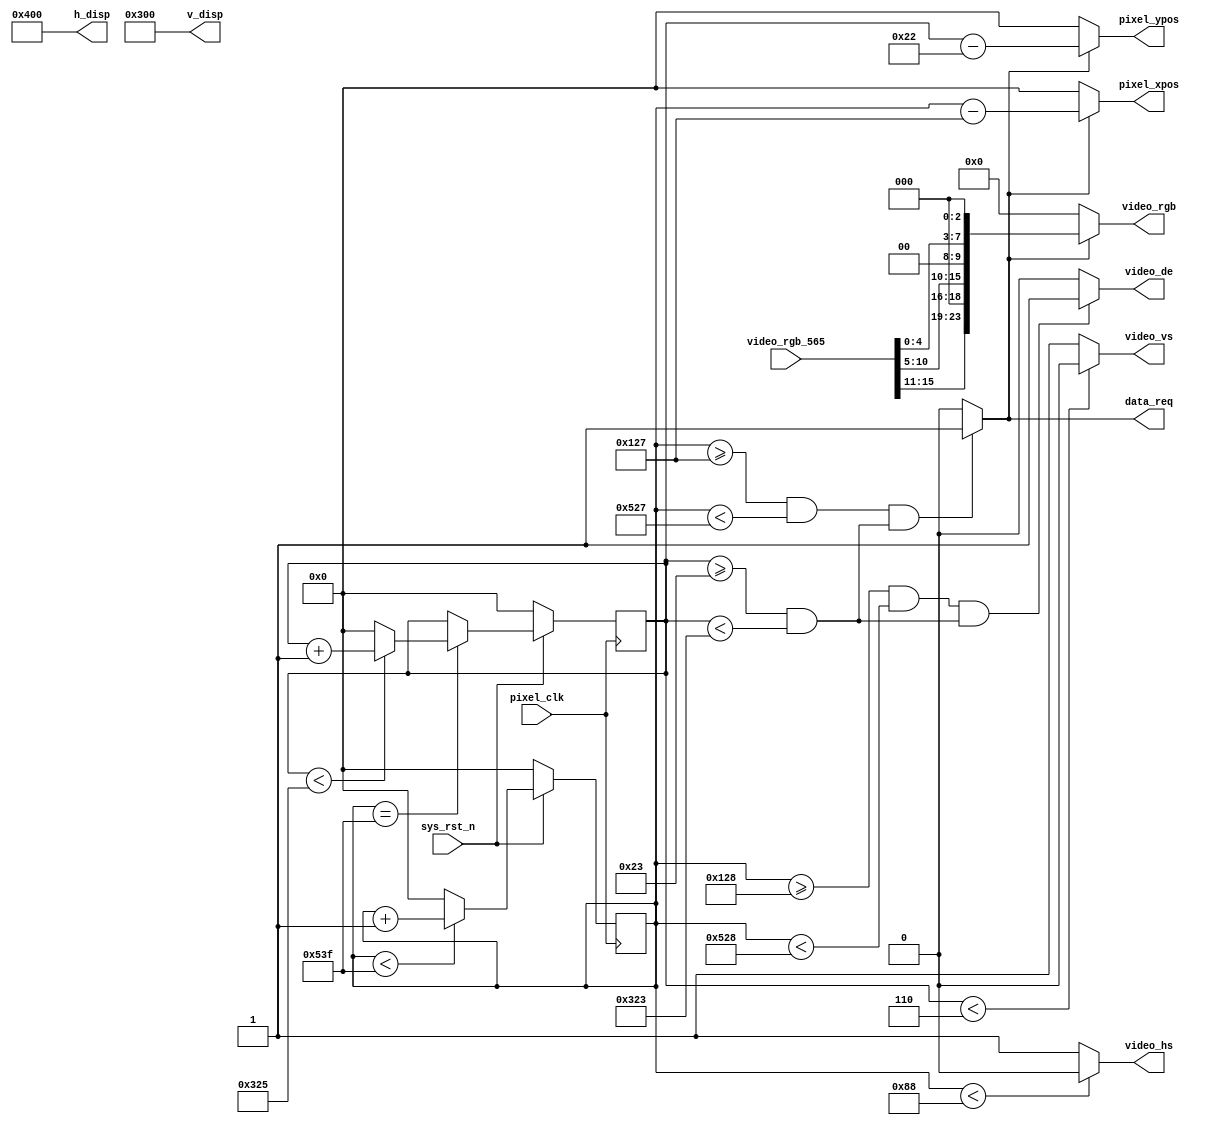
//****************************************Copyright (c)***********************************//
//www.yuanzige.com
//www.openedv.com
//http://openedv.taobao.com 
//""ZYNQ & FPGA & STM32 & LINUX
//
//Copyright(C)  2018-2028
//All rights reserved
//----------------------------------------------------------------------------------------
// File name:           video_driver
// Last modified Date:  2019/7/1 9:30:00
// Last Version:        V1.1
// Descriptions:        
//----------------------------------------------------------------------------------------
// Created by:          
// Created date:        2019/7/1 9:30:00
// Version:             V1.0
// Descriptions:        The original version
//
//----------------------------------------------------------------------------------------
//****************************************************************************************//

module video_driver(
    input           pixel_clk     ,
    input           sys_rst_n     ,
    
    //RGB
    output          video_hs      ,   //
    output          video_vs      ,   //
    output          video_de      ,   //
    output  [23:0]  video_rgb     ,   //RGB888
	output          data_req      ,
    
    input   [15:0]  video_rgb_565 ,   //
    output  [10:0]  pixel_xpos    ,   //
    output  [10:0]  pixel_ypos    ,   //
	output  [10:0]  h_disp        ,
	output  [10:0]  v_disp
);

//parameter define

//1024*768 ,60fps
parameter  H_SYNC   =  11'd136;  //
parameter  H_BACK   =  11'd160;  //
parameter  H_DISP   =  11'd1024; //
parameter  H_FRONT  =  11'd24;   //
parameter  H_TOTAL  =  11'd1344; //

parameter  V_SYNC   =  11'd6;    //
parameter  V_BACK   =  11'd29;   //
parameter  V_DISP   =  11'd768;  //
parameter  V_FRONT  =  11'd3;    //
parameter  V_TOTAL  =  11'd806;  //

//reg define
reg  [10:0] cnt_h;
reg  [10:0] cnt_v;
reg        data_en   ;
reg			data_en1 ;
//wire define
wire       video_en;

wire [23:0]pixel_data; 
//*****************************************************
//**                    main code
//*****************************************************

assign video_de  = video_en;

assign video_hs  = ( cnt_h < H_SYNC ) ? 1'b0 : 1'b1;  //
assign video_vs  = ( cnt_v < V_SYNC ) ? 1'b0 : 1'b1;  //

//RGB
assign video_en  = (((cnt_h >= H_SYNC+H_BACK) && (cnt_h < H_SYNC+H_BACK+H_DISP))
                 &&((cnt_v >= V_SYNC+V_BACK) && (cnt_v < V_SYNC+V_BACK+V_DISP)))
                 ?  1'b1 : 1'b0;

//RGB888
assign video_rgb = data_req ? pixel_data : 24'd0;

//
assign data_req = (((cnt_h >= H_SYNC+H_BACK-1'b1) && 
                    (cnt_h < H_SYNC+H_BACK+H_DISP-1'b1))
                  && ((cnt_v >= V_SYNC+V_BACK) && (cnt_v < V_SYNC+V_BACK+V_DISP)))
                  ?  1'b1 : 1'b0;
always@(posedge pixel_clk or negedge sys_rst_n)begin
	if(!sys_rst_n) begin		
		data_en <= 0;		
		data_en1<= 0;	
	end		
	else	begin 
		data_en  <= data_req;	
		data_en1 <= data_en;			
	end		
end
//
assign pixel_xpos = data_req ? (cnt_h - (H_SYNC + H_BACK - 1'b1)) : 11'd0;
assign pixel_ypos = data_req ? (cnt_v - (V_SYNC + V_BACK - 1'b1)) : 11'd0;

assign pixel_data = {video_rgb_565[15:11],3'b000,video_rgb_565[10:5],2'b00,
                    video_rgb_565[4:0],3'b000};

//
assign h_disp = H_DISP;
assign v_disp = V_DISP; 

//
always @(posedge pixel_clk ) begin
    if (!sys_rst_n)
        cnt_h <= 11'd0;
    else begin
        if(cnt_h < H_TOTAL - 1'b1)
            cnt_h <= cnt_h + 1'b1;
        else 
            cnt_h <= 11'd0;
    end
end

//
always @(posedge pixel_clk ) begin
    if (!sys_rst_n)
        cnt_v <= 11'd0;
    else if(cnt_h == H_TOTAL - 1'b1) begin
        if(cnt_v < V_TOTAL - 1'b1)
            cnt_v <= cnt_v + 1'b1;
        else 
            cnt_v <= 11'd0;
    end
end

endmodule